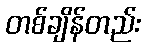
တစ်ချိန်တည်း